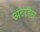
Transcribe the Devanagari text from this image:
अंटरडेन